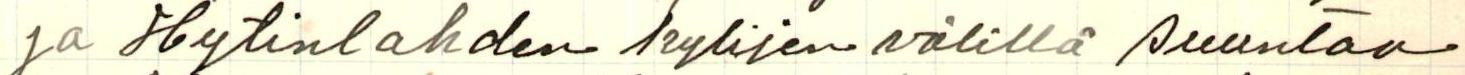
ja Hytinlahden kylijen välillä suuntaa